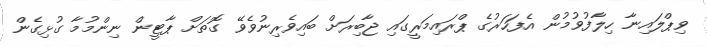
ވިޕްލައިނާ ހިލާފުވުމުން އެފަހަރުގެ ޕްރައިމަރީގައި ޖާބިރަށް ބައިވެރިނުވެވޭ ގޮތަށް ޕާޓީން ނިންމުމާ ގުޅިގެން